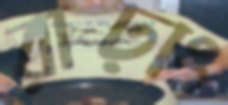
রাঢ়াং